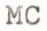
MC